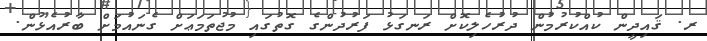
ރ. ޤައިދީން ކުއްކުރުމުން ދުރުހެލިކޮށް ރަނގަޅު ފަރުދުންގެ ގޮތުގައި މުޖުތަމަޢަށް ގެނައުމަށް ބާރުއެޅުން.